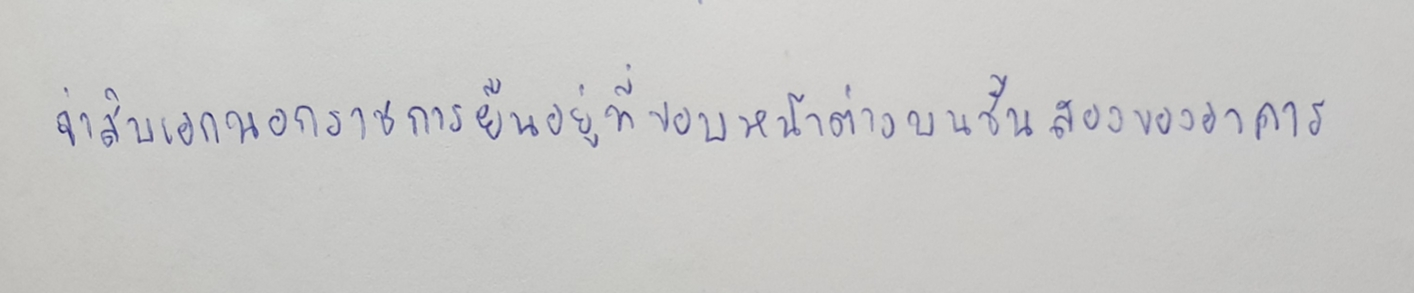
จ่าสิบเอกนอกราชการยืนอยู่ที่ขอบหน้าต่างบนชั้นสองของอาคาร